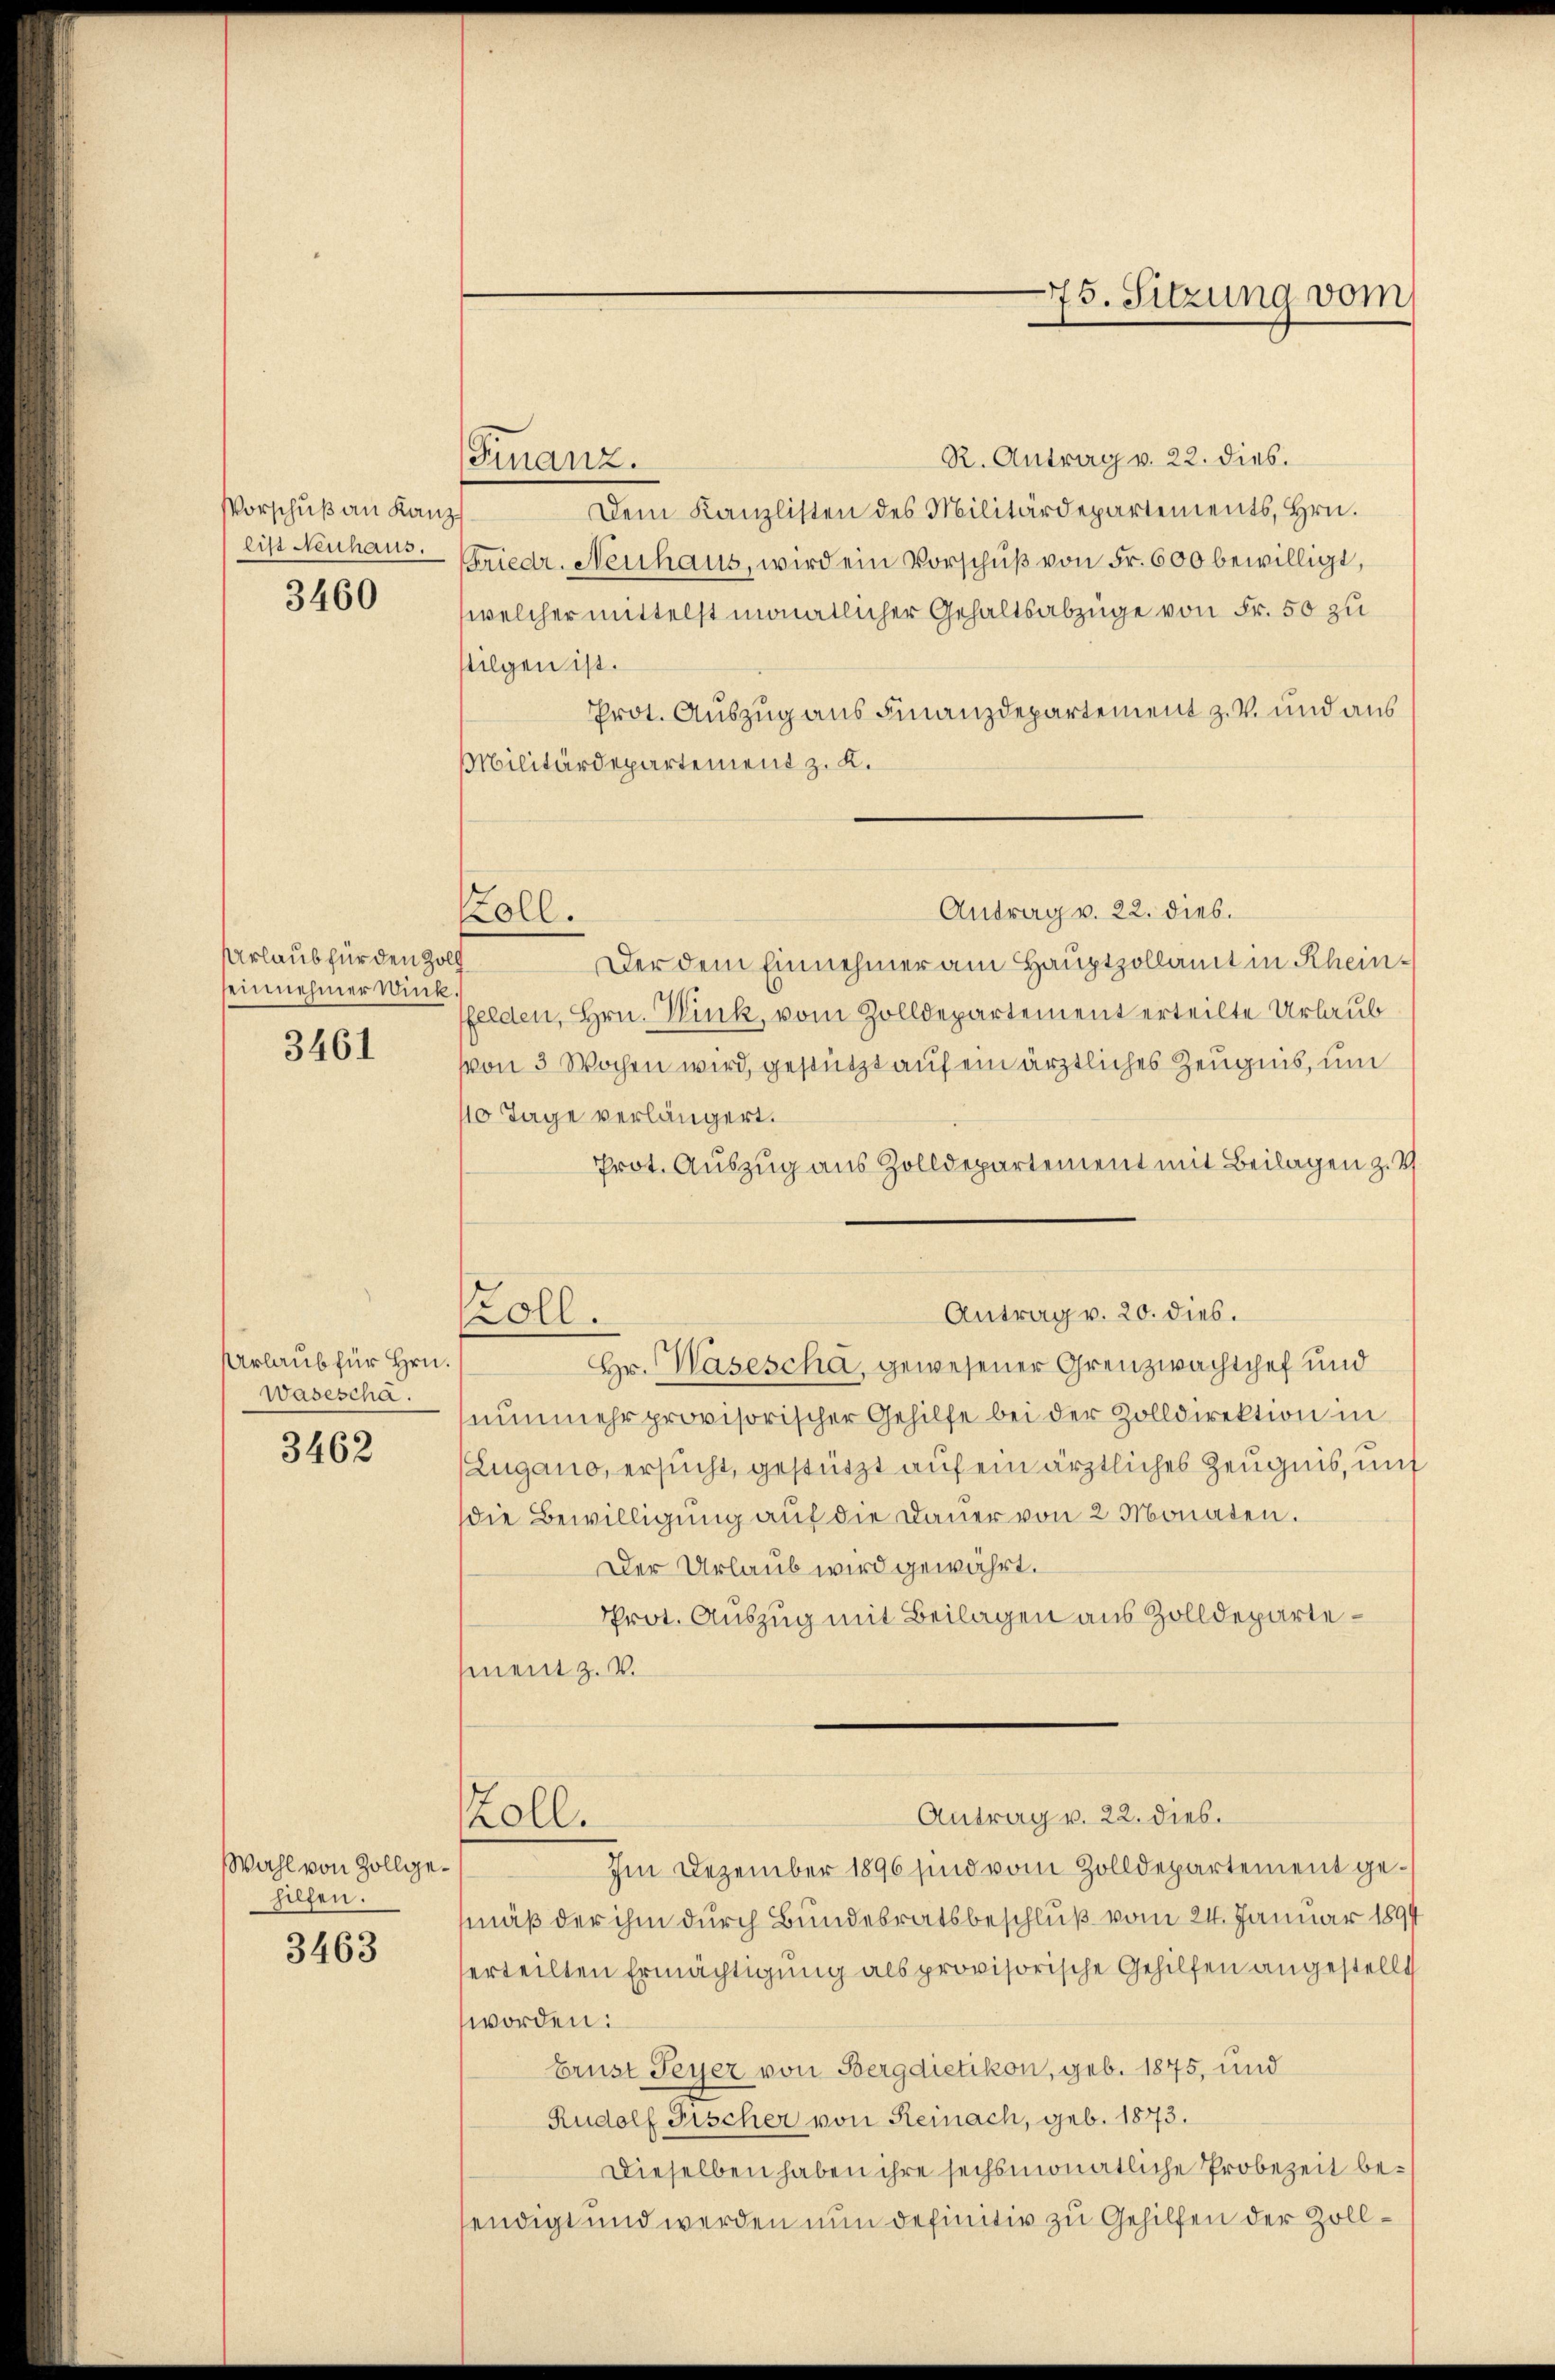
Vorschuß an Kanz
list Neuhaus.

3460

Urlaub für den Zol
einnehmer Wink

3461

Urlaub für Hrn.
waseschä

3462

Wahl von Zollgehelfen.

3463

R. Antrag v. 22. dies.
Dem Kanzlisten des Militärdepartements, Hrn.
Friedr. Neuhaus, wird ein Vorschuß von Fr. 600 bewilligt,
welcher mittelst monatlicher Gehaltsabzüge von Fr. 50 zu
folgen ist.
Prot. Auszug aus Finanzdepartement z. V. und aus
Militärdepartement z. K.
Antrag v. 22. dies.
.
Der dem Einnehmer am Hauptzollamt in Rheinfelden, Hrn. Wink, vom Zolldepartement erteilte Urlaub
von 3 Wochen wird, gestützt auf ein ärztliches Zeugnis, um
10 Tage verlängert.
Prot. Auszug aus Zolldepartement mit Beilagen z. V
Antrag v. 20. dies.
oll.
Hr. Wasescha, gewesener Grenzwachtchef und
nunmehr provisorischer Gehilfe bei der Zolldirektion in
Zugano, ersucht, gestützt auf ein ärztliches Zeugnis, mit
die Bewilligung auf die Dauer von 2 Monaten.
Der Urlaub wird gewährt.
Prot. Auszug mit Beilagen aus Zolldepartemnent z. B.

Finanz.

Koll.

Zoll.

75. Sitzung vom

Antrag v. 22. dies.
Im Dezember 1896 sind vom Zolldepartement gemäß der ihm durch Bundesratsbeschluß vom 24. Januar 1891
erteilten Ermächtigung als provisorische Gehilfen angestellt
worden:
brust Seyer von Bergdietikon, geb. 1875, und
Rudolf Fischer von Remach, geb. 1873.
Dieselben haben ihre sechsmonatliche Probezeit beendigt und werden nun definitiv zu Gehilfen der Zoll¬